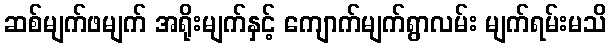
ဆစ်မျက်ဖမျက် အရိုးမျက်နှင့် ကျောက်မျက်ရွာလမ်း မျက်ရမ်းမသိ